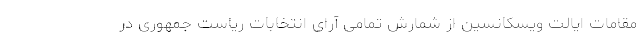
مقامات ایالت ویسکانسین از شمارش تمامی آرای انتخابات ریاست جمهوری در